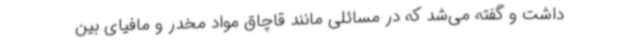
داشت و گفته می‌شد که در مسائلی مانند قاچاق مواد مخدر و مافیای بین